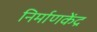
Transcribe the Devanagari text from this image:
निर्माणकेंद्र